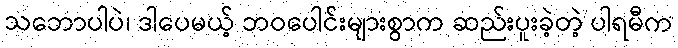
သဘောပါပဲ၊ ဒါပေမယ့် ဘဝပေါင်းများစွာက ဆည်းပူးခဲ့တဲ့ ပါရမီက